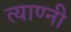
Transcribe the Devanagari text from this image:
त्याण्नी